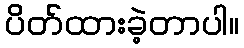
ပိတ်ထားခဲ့တာပါ။